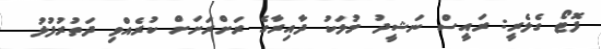
ފޮޓޯ ގެލެރީ: ރައީސް ނަޝީދު މުލަކު ދާއިރާގެ ރަށްރަށަށް ކުރެއްވި ދަތުރުފުޅު